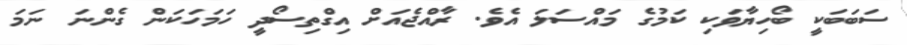
ސަބަބަކީ ބޯހިޔާވަކި ކަމުގެ މައްސަލަ އެެވެ. ރާއްޖެއަށް އިގްތިސޯދީ ހަމަހަކަން ގެންނަ ނަމަ